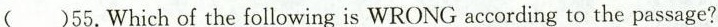
( )55.Which of the following is WRONG according to the passage?